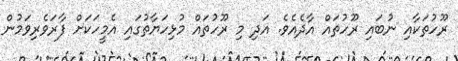
ރޫހުތަކާއި ނުބައި ރޫހުތައް އާދެއެވެ. އަދި މި ރޫހުތައް މުޅިހަޔާތުގައި އެމީހަކަށް ފާރަވެރިވަމުން